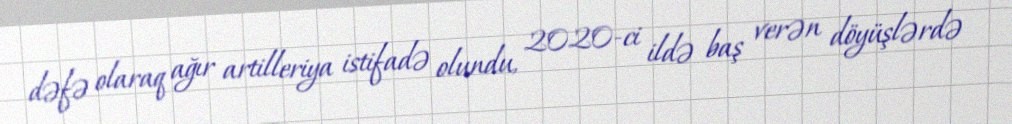
dəfə olaraq ağır artilleriya istifadə olundu, 2020-ci ildə baş verən döyüşlərdə